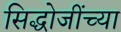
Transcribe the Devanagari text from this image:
सिद्धोजींच्या